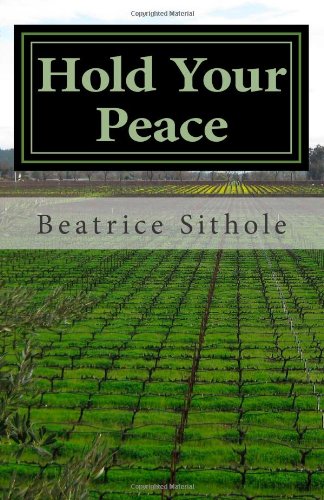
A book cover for Hold Your Peace: Healing Scars of Conflict; Beatrice Sithole; Crafts, Hobbies & Home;